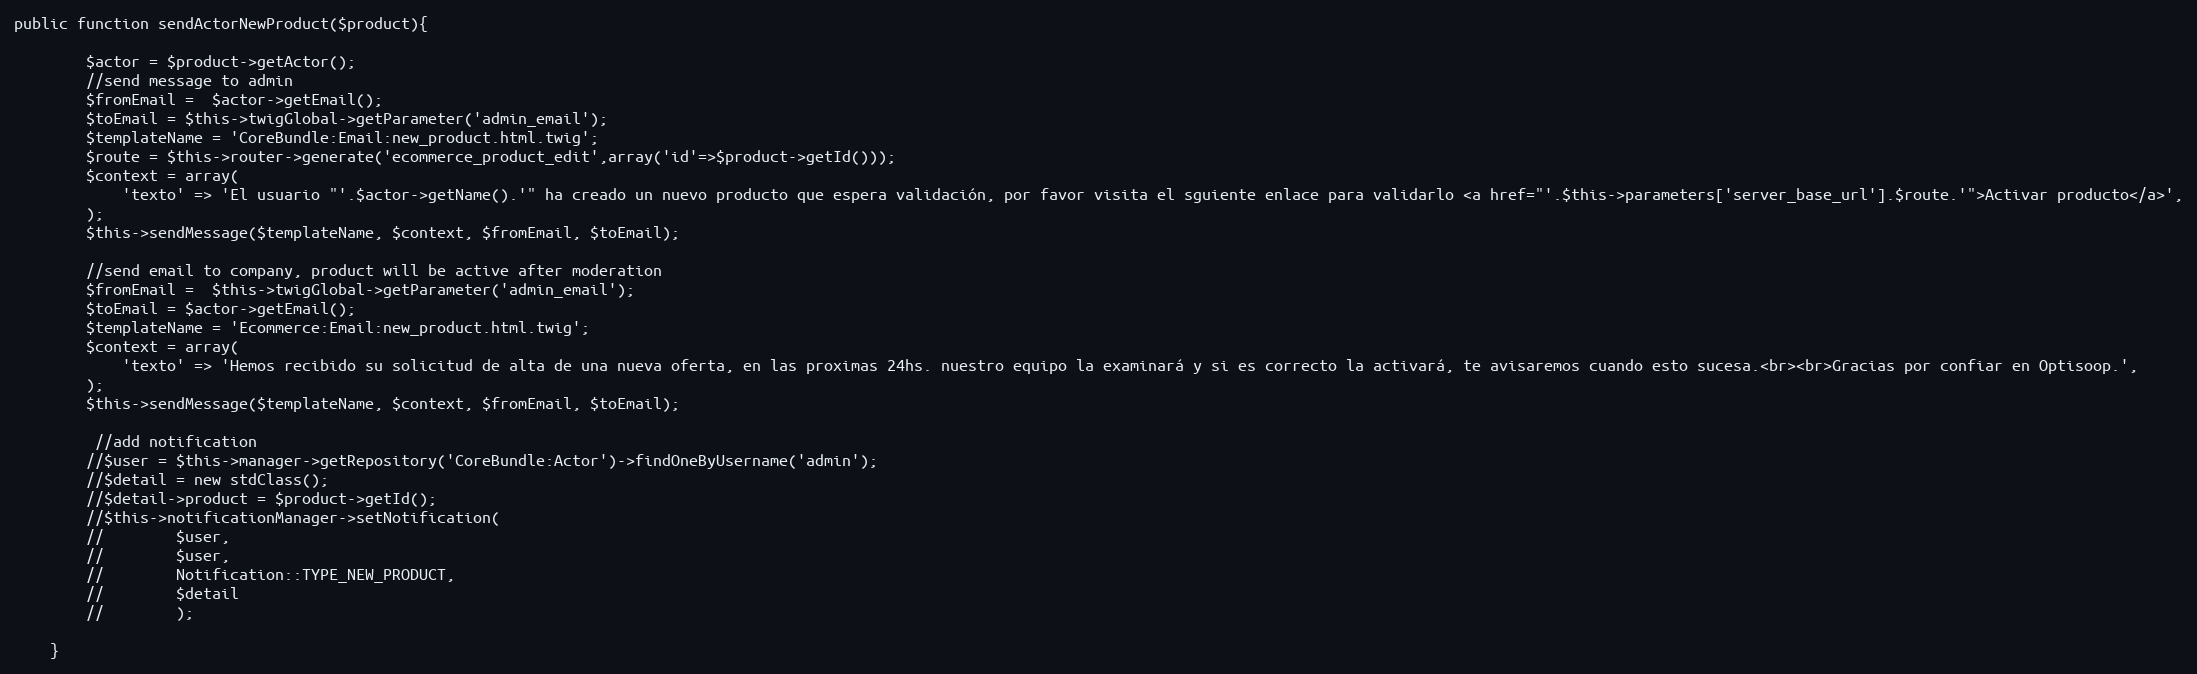
Language: PHP
public function sendActorNewProduct($product){

        $actor = $product->getActor();
        //send message to admin
        $fromEmail =  $actor->getEmail();
        $toEmail = $this->twigGlobal->getParameter('admin_email');
        $templateName = 'CoreBundle:Email:new_product.html.twig';
        $route = $this->router->generate('ecommerce_product_edit',array('id'=>$product->getId()));
        $context = array(
            'texto' => 'El usuario "'.$actor->getName().'" ha creado un nuevo producto que espera validación, por favor visita el sguiente enlace para validarlo <a href="'.$this->parameters['server_base_url'].$route.'">Activar producto</a>',
        );
        $this->sendMessage($templateName, $context, $fromEmail, $toEmail);

        //send email to company, product will be active after moderation
        $fromEmail =  $this->twigGlobal->getParameter('admin_email');
        $toEmail = $actor->getEmail();
        $templateName = 'Ecommerce:Email:new_product.html.twig';
        $context = array(
            'texto' => 'Hemos recibido su solicitud de alta de una nueva oferta, en las proximas 24hs. nuestro equipo la examinará y si es correcto la activará, te avisaremos cuando esto sucesa.<br><br>Gracias por confiar en Optisoop.',
        );
        $this->sendMessage($templateName, $context, $fromEmail, $toEmail);

         //add notification
        //$user = $this->manager->getRepository('CoreBundle:Actor')->findOneByUsername('admin');
        //$detail = new stdClass();
        //$detail->product = $product->getId();
        //$this->notificationManager->setNotification(
        //        $user,
        //        $user,
        //        Notification::TYPE_NEW_PRODUCT,
        //        $detail
        //        );

    }